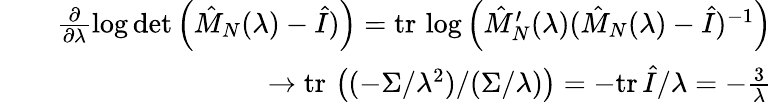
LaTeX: \begin{array}{rlr}&{}&{\frac{\partial}{\partial\lambda}\log\operatorname*{det}\left(\hat{M}_{N}(\lambda)-\hat{I})\right)=\mathrm{tr}\, \log\left(\hat{M}_{N}^{\prime}(\lambda)(\hat{M}_{N}(\lambda)-\hat{I})^{-1}\right)}\\ &{}&{\to\mathrm{tr}\, \left((-\Sigma/\lambda^{2})/(\Sigma/\lambda)\right)=-\mathrm{tr}\, \hat{I}/\lambda=-\frac{3}{\lambda}}\end{array}